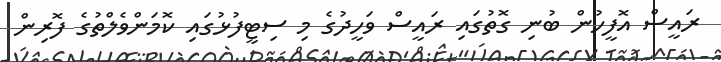
ރައީސް އޮފީހުން ބުނި ގޮތުގައި ރައީސް ވަހީދުގެ މި ސިޓީފުޅުގައި ކޮމަންވެލްތުގެ ފޮރިން